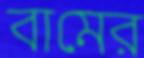
বামের